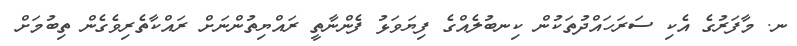
ނ. މާފަރުގެ އެކި ސަރަހައްދުތަކުން ކިނބުލެއްގެ ފިޔަވަޅު ފެންނާތީ ރައްޔިތުންނަށް ރައްކާތެރިވެގެން ތިބުމަށް